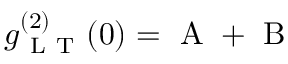
g _ { \mathrm { ~ L ~ T ~ } } ^ { ( 2 ) } ( 0 ) = \mathrm { ~ A ~ } + \mathrm { ~ B ~ }